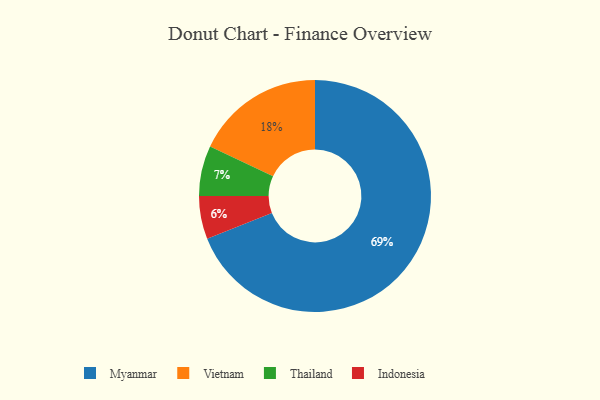
{"axis": {"x": "Category", "y": "Percentage"}, "legend": ["Indonesia", "Myanmar", "Thailand", "Vietnam"], "data": [{"x": "Vietnam", "y": 18, "type": "Vietnam"}, {"x": "Indonesia", "y": 6, "type": "Indonesia"}, {"x": "Myanmar", "y": 69, "type": "Myanmar"}, {"x": "Thailand", "y": 7, "type": "Thailand"}]}